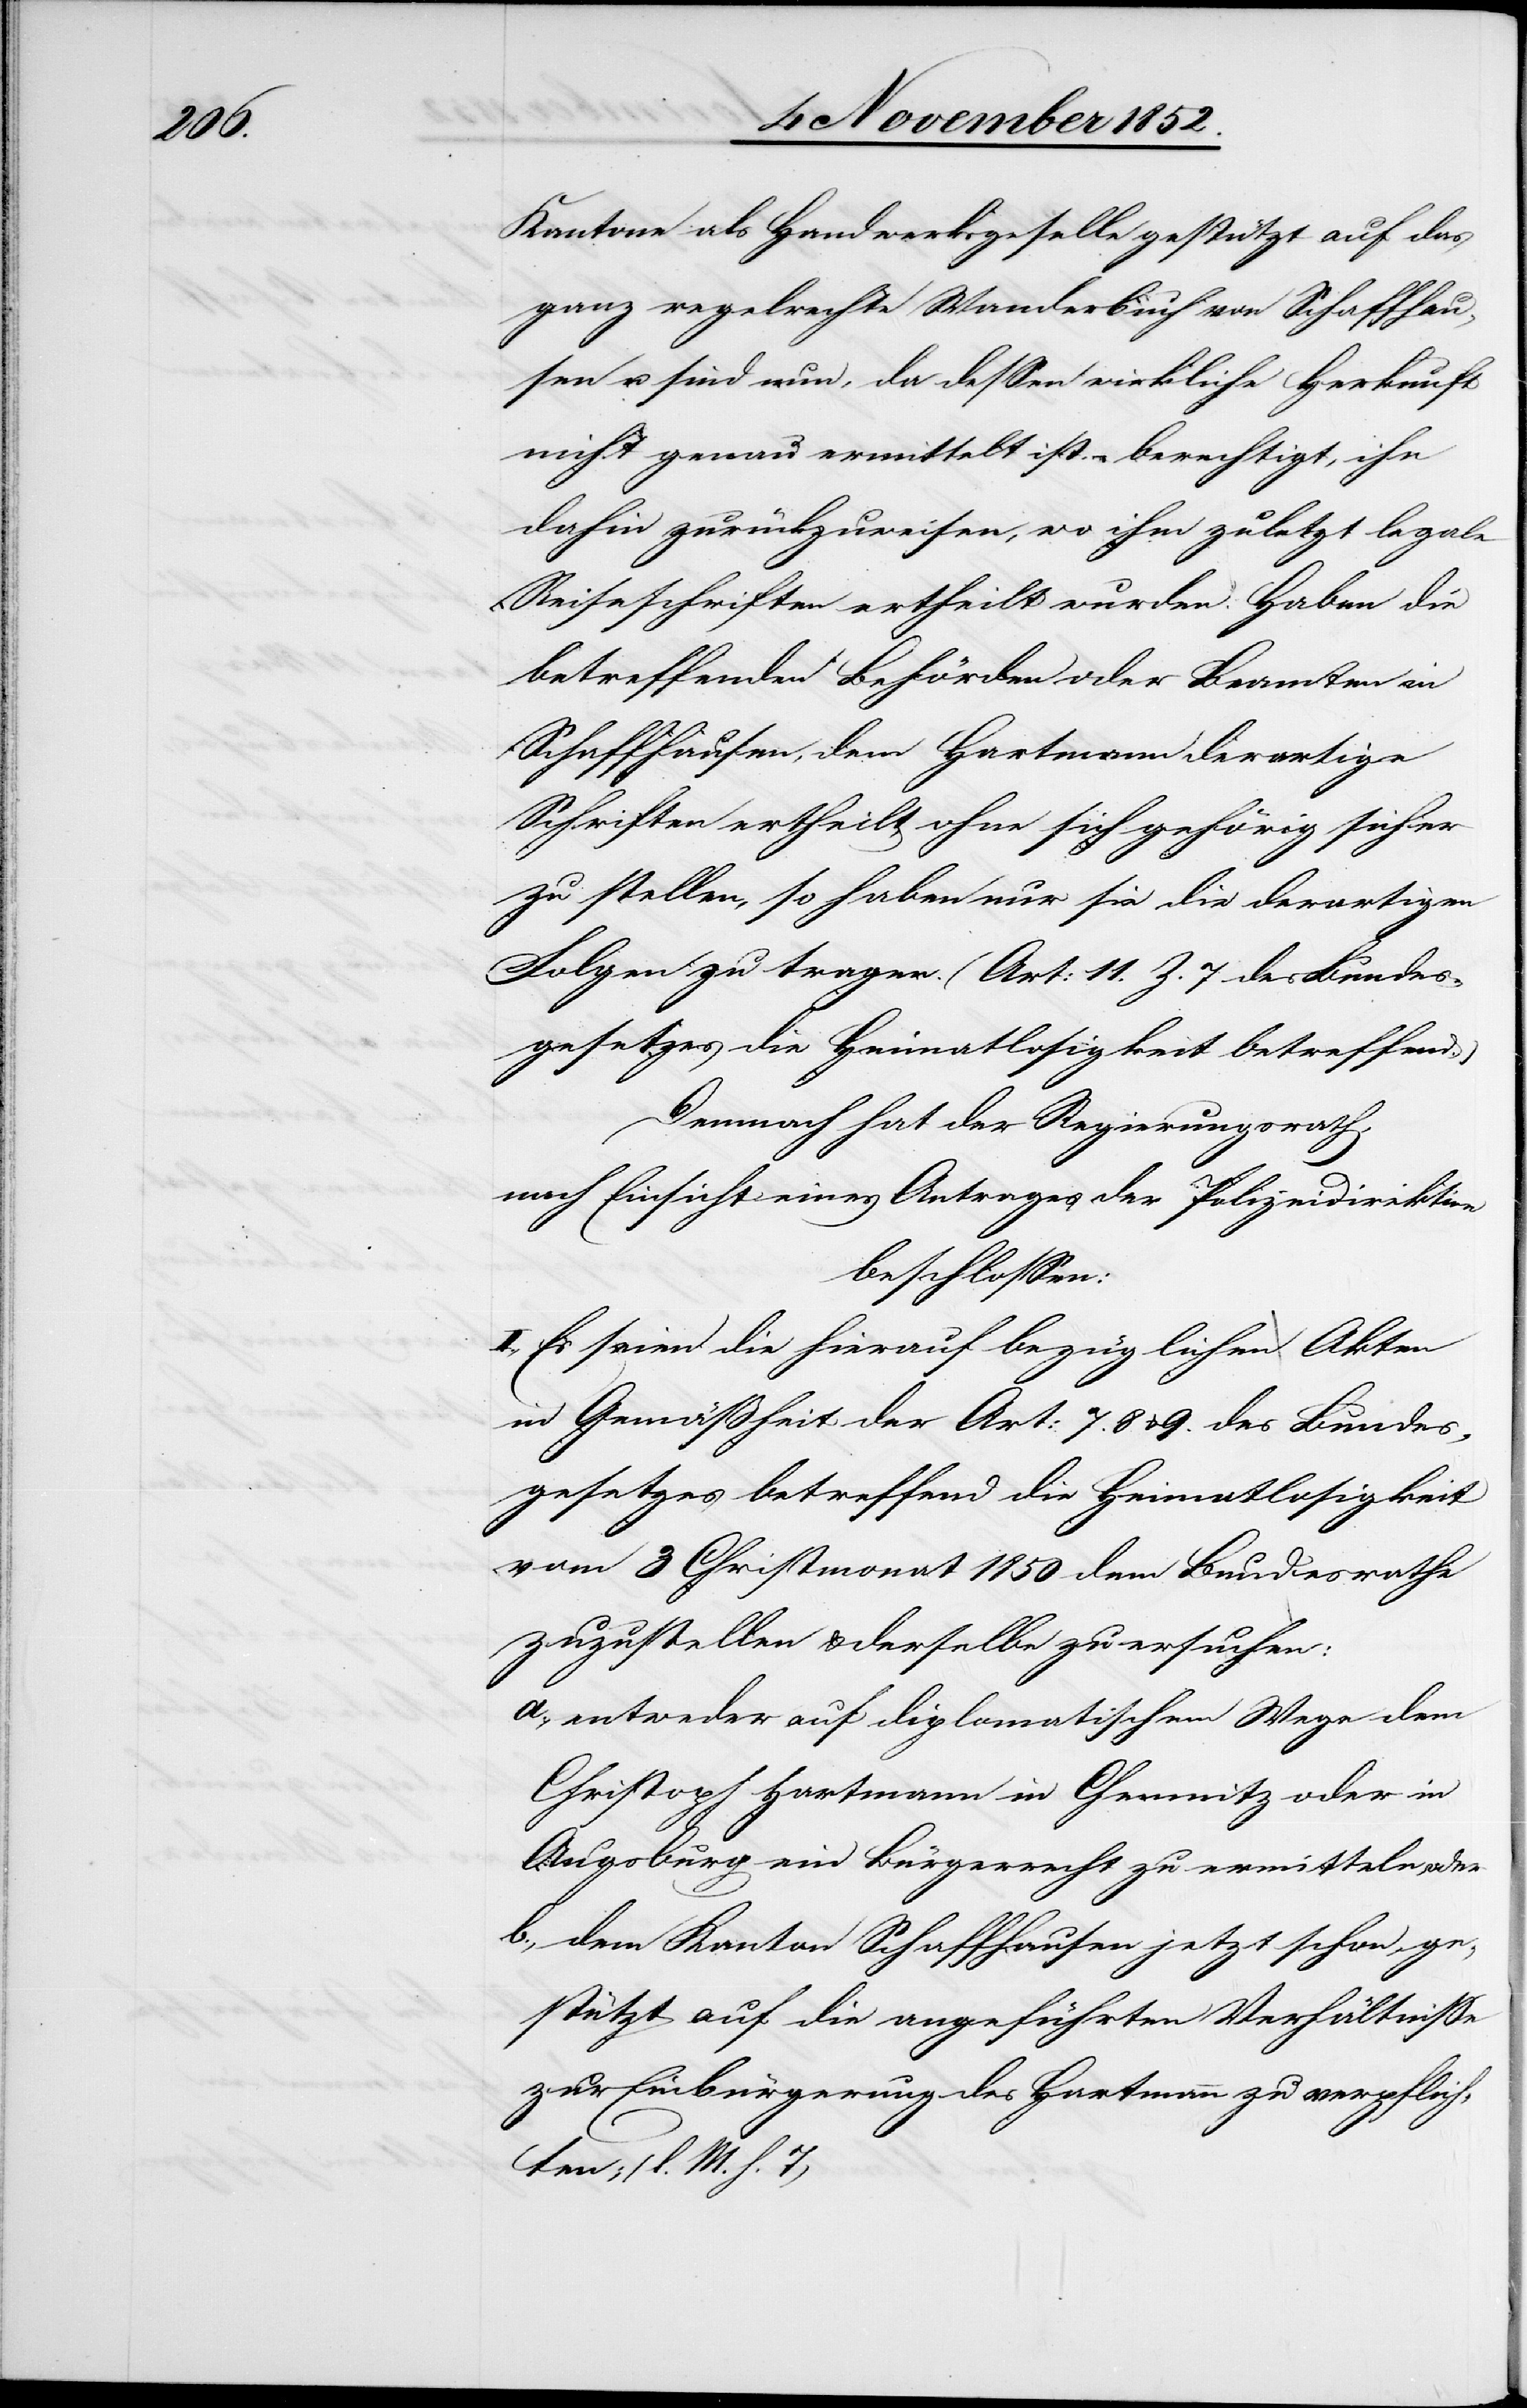
Kantone als Handwerksgeselle gestützt auf das
ganz regelrechte Wanderbuch von Schaffhau¬
sen u. sind nun, da dessen wirkliche Herkunft
nicht genau ermittelt ist, – berechtigt, ihn
dahin zurückzuweisen, wo ihm zuletzt legale
Reiseschriften ertheilt wurden. Haben die
betreffenden Behörden oder Beamten in
Schaffhausen, dem Hartmann derartige
Schriften ertheilt ohne sich gehörig sicher
zu stellen, so haben nur sie die derartigen
Folgen zu tragen. (Art: 11. Z. 7 des Bundes¬
gesetzes die Heimatlosigkeit betreffend.)
Demnach hat der Regierungsrath,
nach Einsicht eines Antrages der Polizeidirektion
beschlossen:
I., Es seien die hierauf bezüglichen Akten
in Gemäßheit der Art: 7.[,] 8 & 9. des Bundes¬
gesetzes betreffend die Heimatlosigkeit
vom 3 Christmonat 1850 dem Bundesrathe
zuzustellen & derselbe zu ersuchen:
entweder auf diplomatischem Wege dem
Christoph Hartmann in Chemnitz oder in
Augsburg ein Bürgerrecht zu ermitteln, oder
dem [sic!] Kanton Schaffhausen jetzt schon, ge¬
stützt auf die angeführten Verhältnisse
zur Einbürgerung des Hartmann zu verpflich¬
ten; (l. M. h. T)